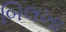
બિલખા